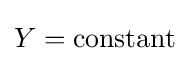
Y={\text{constant}}